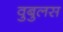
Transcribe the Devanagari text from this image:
वुबुलस